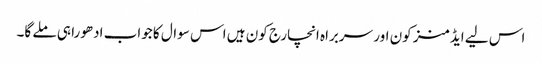
اس لیے ایڈمنز کون اور سربراہ انچارج کون ہیں اس سوال کا جواب ادھورا ہی ملے گا۔